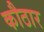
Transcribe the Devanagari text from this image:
कौठार